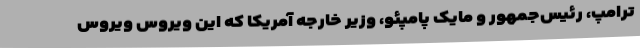
ترامپ، رئیس‌جمهور و مایک پامپئو، وزیر خارجه آمریکا که این ویروس ویروس